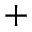
^ +